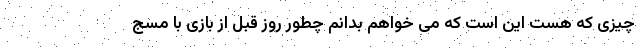
چیزی که هست این است که می خواهم بدانم چطور روز قبل از بازی با مسج